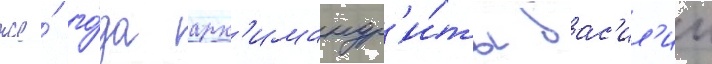
же́ го́да арх'имандр'и́ты вас'ил'ии